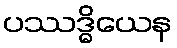
ပဿဒ္ဓိယေန